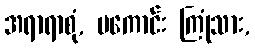
အရာရာစုံ, မကောင်း ကြုံသား,